Burma Government Medical School reports 1907-22
Year: 1907
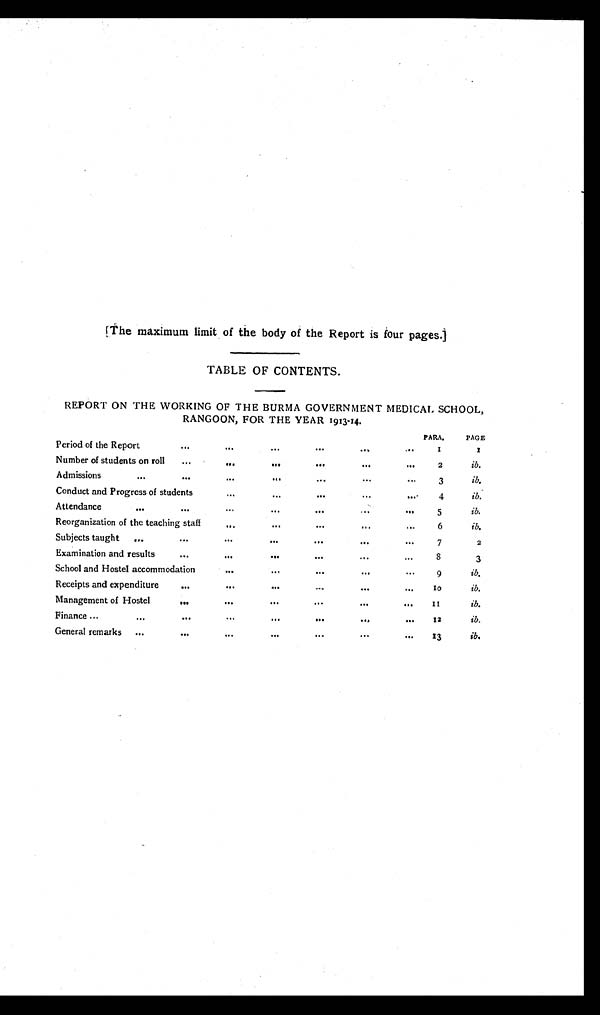
[The maximum limit of the body of the Report is four pages.]
TABLE OF CONTENTS.
REPORT ON THE WORKING OF THE BURMA GOVERNMENT MEDICAL SCHOOL,
RANGOON, FOR THE YEAR 1913-14.
PARA.
PAGE.
Period of the Report
. . .
. . .
. . .
. . . . . .
. . . 1
1
Number of students on roll ...
. . .
...
. . .
. . .
. . .
2
ib.
Admissions
...
. . .
. . .
. . .
. . .
. . .
. . . 3
ib.
Conduct and Progress of students
. . .
. . .
. . .
. . .
. . .
4
ib.
Attendance
...
. . .
...
. . .
. . .
. . .
. . .
5
ib.
Reorganization of the teaching staff
...
...
...
. . .
. . .6
ib.
Subjects taught ...
. . .
. . .
. . .
. . .
. . .
. . .
7
2
Examination and results
. . .
. . .
. . .
. . .
. . .
. . .8
3
School and Hostel accommodation
. . .
. . .
...
...
...
9
ib.
Receipts and expenditure
. . .
. . .
. . .
. . .
. . .
. . .
1 0
ib.
Management of Hostel
...
. . .
. . .
. . .
. . .
. . . 1 1
ib.
Finance ...
...
. . .
...
...
...
. . .
. . .
12
ib.
General remarks ...
. . .
. . .
. . .
. . .
. . .
. . .
1 3
ib.